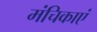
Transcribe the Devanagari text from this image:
मंचिकाएं